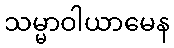
သမ္မာဝါယာမေန